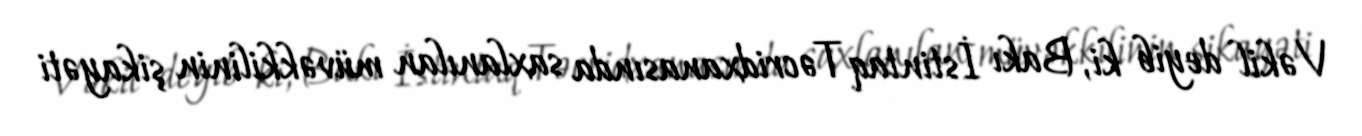
Vəkil deyib ki, Bakı İstintaq Təcridxanasında saxlanılan müvəkkilinin şikayəti